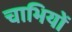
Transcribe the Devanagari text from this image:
चाभियों